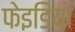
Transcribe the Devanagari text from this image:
फेइडिया